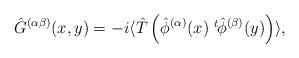
LaTeX: \begin{align*}\hat{G}^{(\alpha \beta)} (x, y) = - i \langle \hat{T} \left( \hat{\phi}^{(\alpha)} (x) \; \displaystyle{ \raisebox{0.9ex}{\scriptsize{$t$}}} \mbox{\hspace{-0.1ex}} \hat{\phi}^{(\beta)} (y) \right) \rangle , \end{align*}